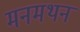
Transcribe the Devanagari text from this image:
मनमथन